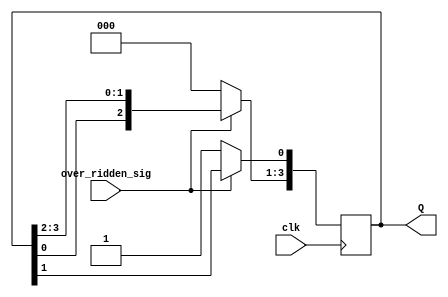
module ring_counter(
input over_ridden_sig,clk,
output reg [3:0] Q
);
parameter preset=1;
parameter clr=0;

always @(posedge clk)
begin
	if (!over_ridden_sig)
	begin
		Q[0] <= preset;
		Q[3:1] = clr;
	end
	else
	begin
		Q <= { Q[0], Q[3:1]};
		/*Q[0] <= Q[3];
		Q[1] <= Q[0];
		Q[2] <= Q[1];
		Q[3] <= Q[2]; */
	end
end
endmodule